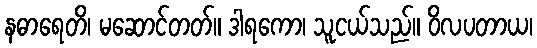
နဓာရေတိ၊ မဆောင်တတ်။ ဒါရကော၊ သူငယ်သည်။ ဝိလပတာယ၊